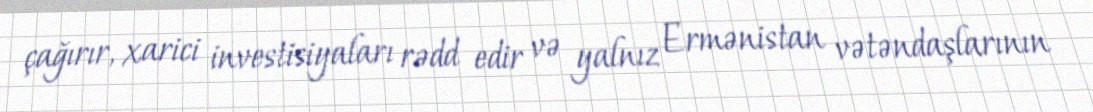
çağırır, xarici investisiyaları rədd edir və yalnız Ermənistan vətəndaşlarının